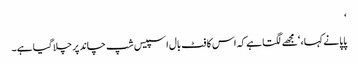
‘
پاپا نے کہا ، ‘مجھے لگتا ہے کہ اس کا فٹ بال اسپیس شپ چاند پر چلا گیا ہے۔